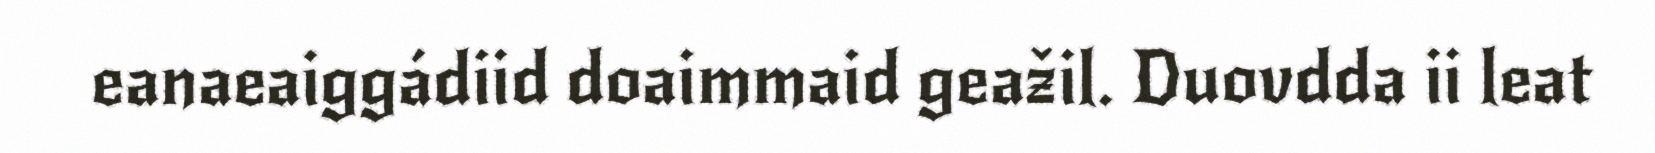
eanaeaiggádiid doaimmaid geažil. Duovdda ii leat